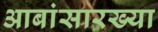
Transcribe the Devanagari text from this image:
आबांसारख्या